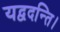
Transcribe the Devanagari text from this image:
यद्वदन्ति।